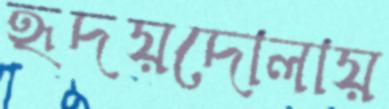
হৃদয়দোলায়